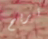
تربح